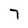
Character: 7